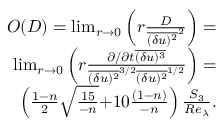
\begin{array} { r } { { \cal O } ( { \cal D } ) = \operatorname* { l i m } _ { r \rightarrow 0 } \left( r \frac { { \cal D } } { \overline { { ( \delta u ) ^ { 2 } } } ^ { 2 } } \right) = } \\ { \operatorname* { l i m } _ { r \rightarrow 0 } \left( r \frac { \partial / \partial t \overline { { ( \delta u ) ^ { 3 } } } } { \overline { { ( \delta u ) ^ { 2 } } } ^ { 3 / 2 } \overline { { ( \delta u ) ^ { 2 } } } ^ { 1 / 2 } } \right) = } \\ { \left( \frac { { 1 - n } } { 2 } \sqrt { \frac { { 1 5 } } { - n } } { + 1 0 \frac { { ( 1 - n ) } } { { - n } } } \right) \frac { S _ { 3 } } { { { R e _ { \lambda } } } } . } \end{array}